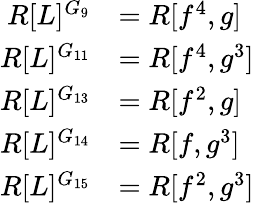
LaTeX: \begin{array}{rl}{R[L]^{G_{9}}}&{=R[f^{4},g]}\\ {R[L]^{G_{11}}}&{=R[f^{4},g^{3}]}\\ {R[L]^{G_{13}}}&{=R[f^{2},g]}\\ {R[L]^{G_{14}}}&{=R[f,g^{3}]}\\ {R[L]^{G_{15}}}&{=R[f^{2},g^{3}]}\end{array}